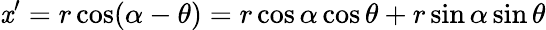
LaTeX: \mathit{x}^{\prime}=r\cos(\alpha-\theta)=r\cos\alpha\cos\theta+r\sin\alpha\sin\theta